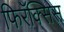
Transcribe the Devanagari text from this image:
फिरॅक्सिस